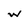
Character: w